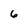
Character: 6